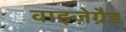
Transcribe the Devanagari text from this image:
वाइज़ेग्रैड